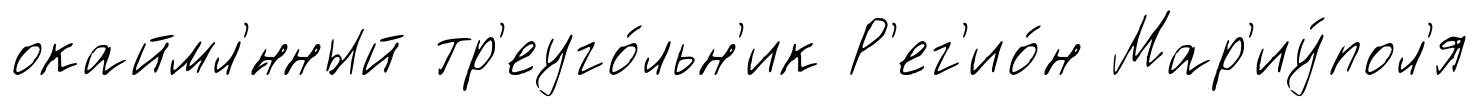
окаймл'́нный тр'еуго́льн'ик Р'ег'ио́н Мар'иу́пол'я